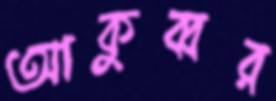
আকুব্বর